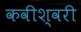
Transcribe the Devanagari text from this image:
कवीश्वरी